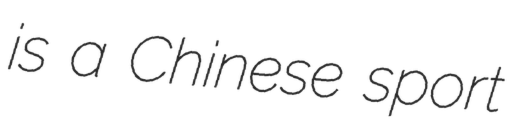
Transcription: is a Chinese sport